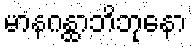
မာနဂန္ထာဘိဘုနော